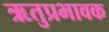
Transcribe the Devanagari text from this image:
ऋतुप्रभावक